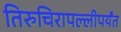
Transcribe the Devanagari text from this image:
तिरुचिरापल्लीपर्यंत